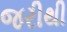
જરીથી